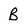
Character: B